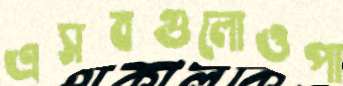
এসবগুলোওপা